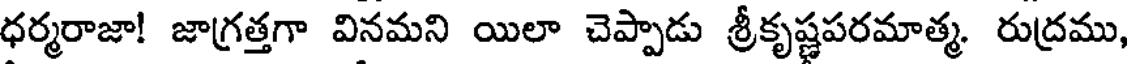
ధర్మరాజా! జాగ్రత్తగా వినమని యిలా చెప్పాడు శ్రీకృష్ణపరమాత్మ. రుద్రము,